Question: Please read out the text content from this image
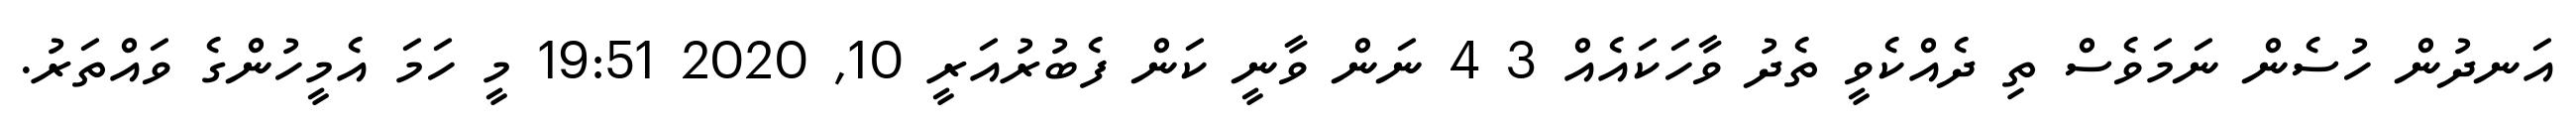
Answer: އަނދުން ހުސެން ނަމަވެސް ތި ދެއްކެވީ ތެދު ވާހަކައެއް 3 4 ނަން ވާނީ ކަން ފެބުރުއަރީ 10, 2020 19:51 މީ ހަމަ އެމީހުންގެ ވައްތަރު.